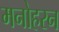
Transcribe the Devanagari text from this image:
मनोहरन